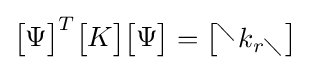
{\begin{bmatrix}\Psi \end{bmatrix}}^{T}{\begin{bmatrix}K\end{bmatrix}}{\begin{bmatrix}\Psi \end{bmatrix}}={\begin{bmatrix}^{\diagdown }k_{r\diagdown }\end{bmatrix}}